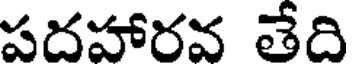
పదహారవ తేది